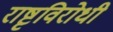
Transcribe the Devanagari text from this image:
राष्टृविरोधी